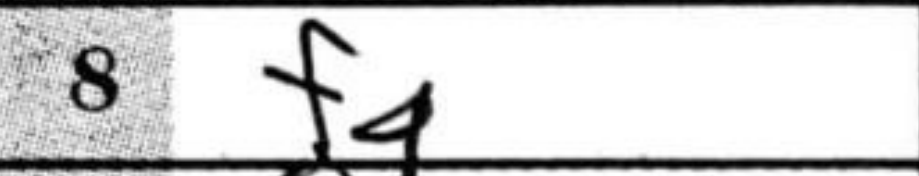
Transcription: f4